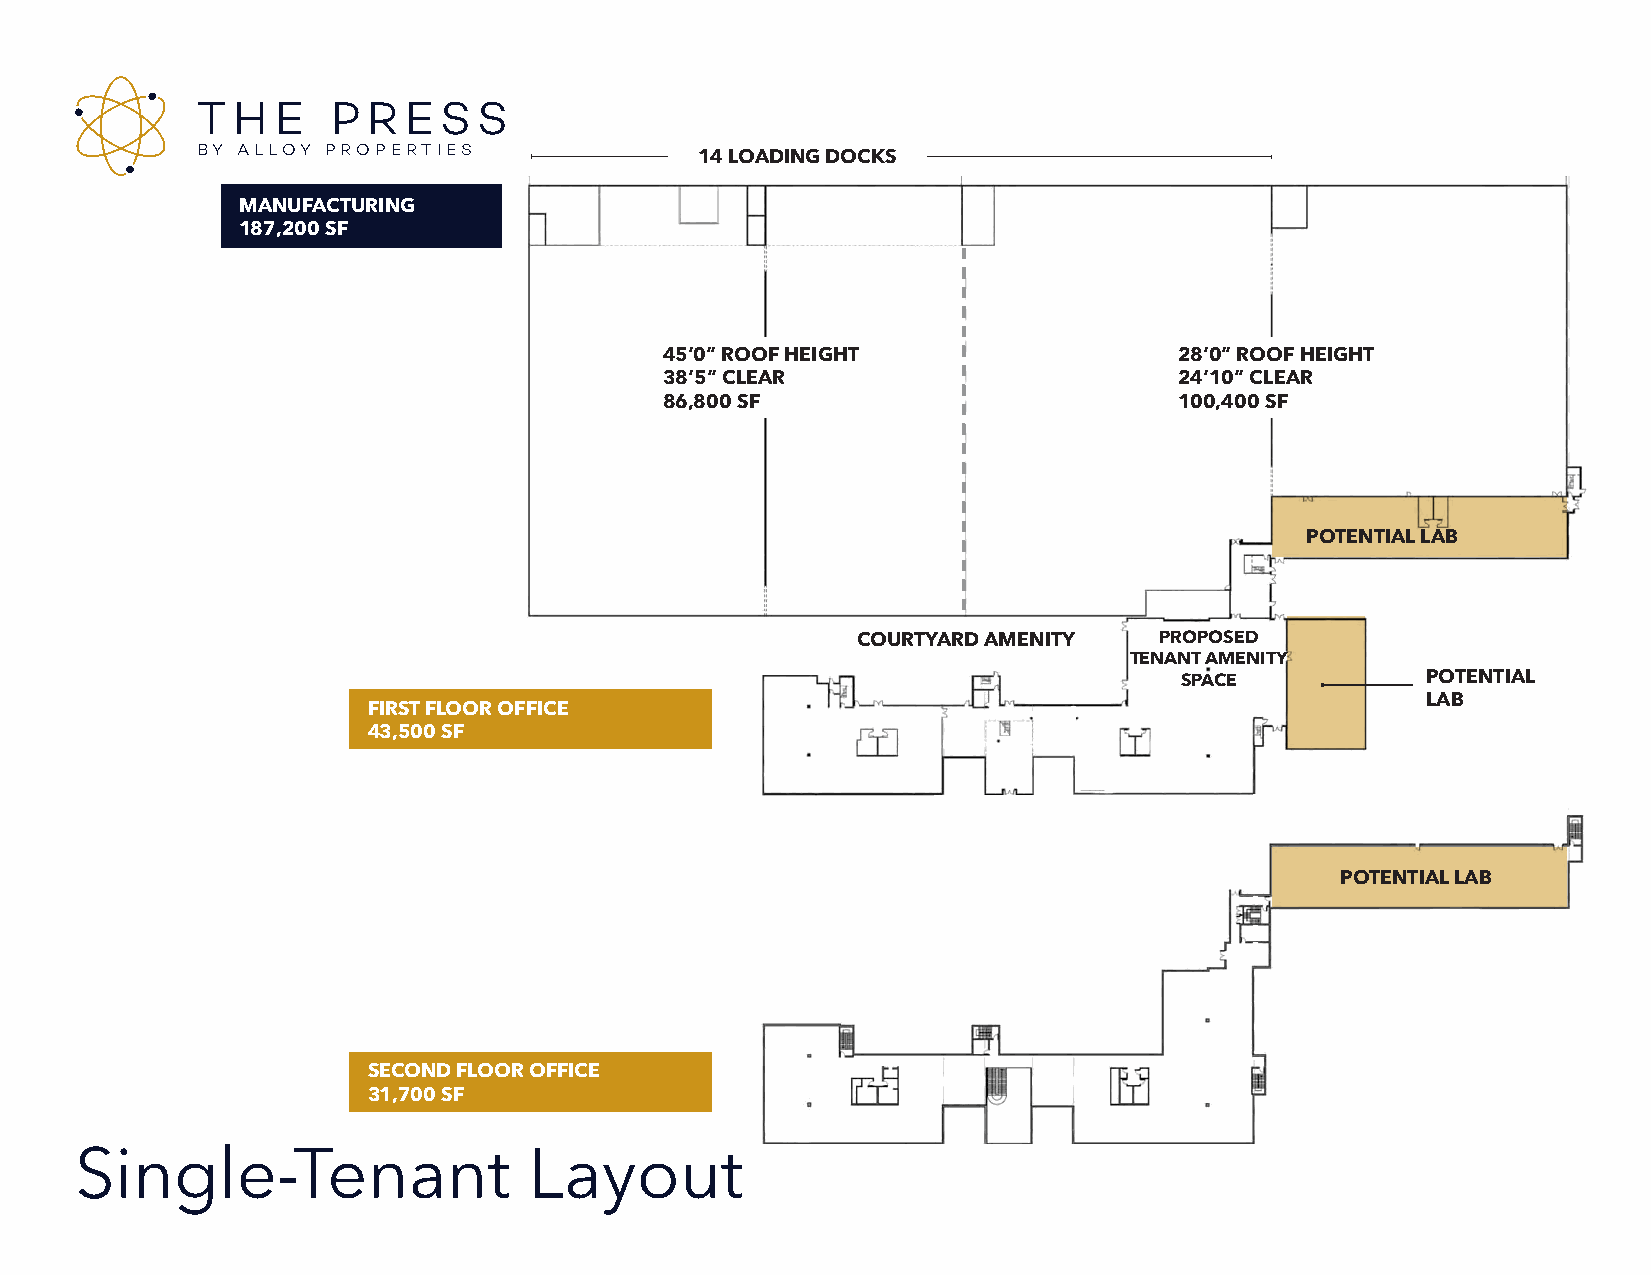
T H  E   P R  ES   S
 BY ALLOY PROPERTIES              14 LOADING DOCKS
 MANUFACTURING
 187,200 SF
 45’0” ROOF HEIGHT                 28’0” ROOF HEIGHT
 38’5” CLEAR                       24’10” CLEAR
 86,800 SF                         100,400 SF
 POTENTIAL LAB
 COURTYARD AMENITY   PROPOSED
 TENANT AMENITY
 SPACE           POTENTIAL
 LAB
 FIRST FLOOR OFFICE
 43,500 SF
 POTENTIAL LAB
 SECOND FLOOR OFFICE
 31,700 SF
 Single-Tenant                 Layout